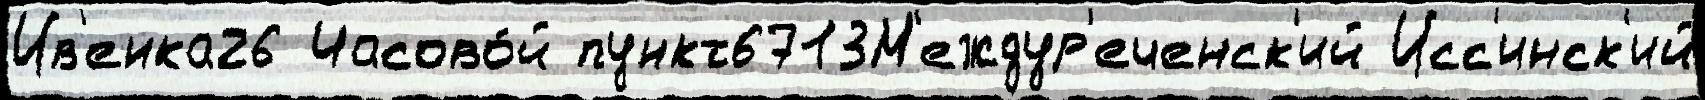
Ив'енка26 Часово́й пункт6713М'еждур'еченск'ий Исс'инск'ий